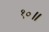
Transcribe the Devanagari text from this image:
१०॥